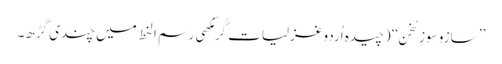
’’ سازو سوزِ سُخن‘‘(چیدہ اُردو غزلیات گُرمُکھی رسم ا لخط میں چندی گڑھ۔